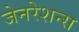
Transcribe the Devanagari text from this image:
जेनरेशन्स